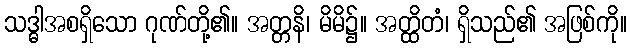
သဒ္ဓါအစရှိသော ဂုဏ်တို့၏။ အတ္တနိ၊ မိမိ၌။ အတ္ထိတံ၊ ရှိသည်၏ အဖြစ်ကို။